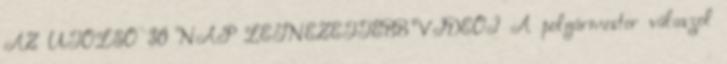
AZ UTOLSÓ 30 NAP LEGNÉZETTEBB VIDEÓI A polgármester válaszol